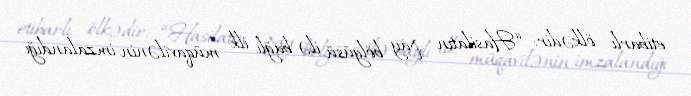
etibarlı ölkədir: “Hasilatın pay bölgüsü ilə bağlı ilk müqavilənin imzalandığı